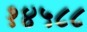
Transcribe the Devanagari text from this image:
१४५८८